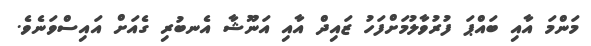
މަންމަ އާއި ބައްޕަ ފުރުވާލުމަށްފަހު ޒައިދް އާއި އަނޫޝާ އެނބުރި ގެއަށް އައިސްވަނެވެ.